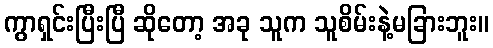
ကွာရှင်းပြီးပြီ ဆိုတော့ အခု သူက သူစိမ်းနဲ့မခြားဘူး။